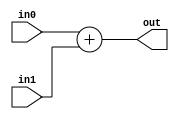
`timescale 1ns / 1ps
//////////////////////////////////////////////////////////////////////////////////

module suma(
        input [7:0] in0,
        input [7:0] in1,
        output [7:0] out 
    );
    assign out=in0+in1;
endmodule